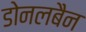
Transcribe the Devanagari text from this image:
डोनलबैन